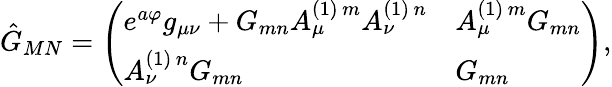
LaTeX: \hat{G}_{MN}=\left(\begin{array}{ll}{{e^{a\varphi}g_{{\mu}{\nu}}+G_{{m}{n}}A_{{\mu}}^{(1)\, m}A_{{\nu}}^{(1)\, n}}}&{{A_{{\mu}}^{(1)\, m}G_{{m}{n}}}}\\ {{A_{{\nu}}^{(1)\, n}G_{{m}{n}}}}&{{G_{{m}{n}}}}\end{array}\right),